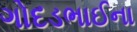
ગોદડભાઈના